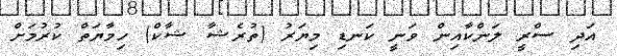
އަދި ސްރީ ލަންކާއިން ވަނީ ކަނޑި މިޔަރު (ތުރެޝާ ޝާކް) ހިމާޔަތް ކުރުމަށް